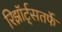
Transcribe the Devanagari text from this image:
रिझॉर्ट्‌सतर्फे